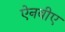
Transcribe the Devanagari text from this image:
ऐनबीए